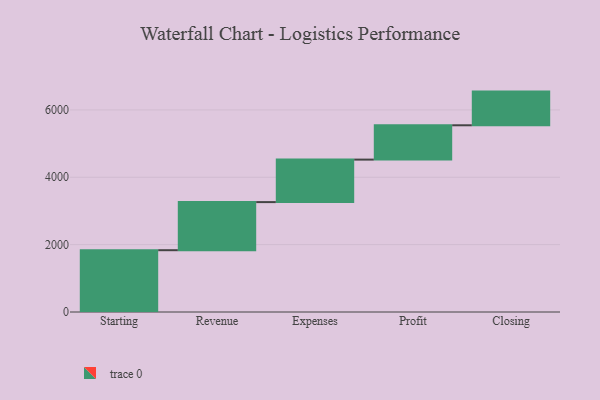
{"axis": {"x": "Step", "y": "Value"}, "legend": [""], "data": [{"x": "Starting", "y": 1835.0, "type": ""}, {"x": "Revenue", "y": 1428.0, "type": ""}, {"x": "Expenses", "y": 1262.0, "type": ""}, {"x": "Profit", "y": 1019.0, "type": ""}, {"x": "Closing", "y": 1000, "type": ""}]}